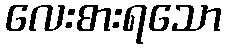
လေးစားရသော